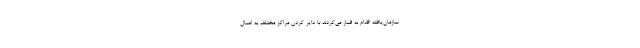
سازمان‌یافته اقدام به قمار می‌کردند با دایر کردن مراکز مختلف به اعمال